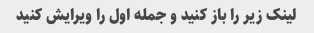
لینک زیر را باز کنید و جمله اول را ویرایش کنید